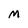
Character: M